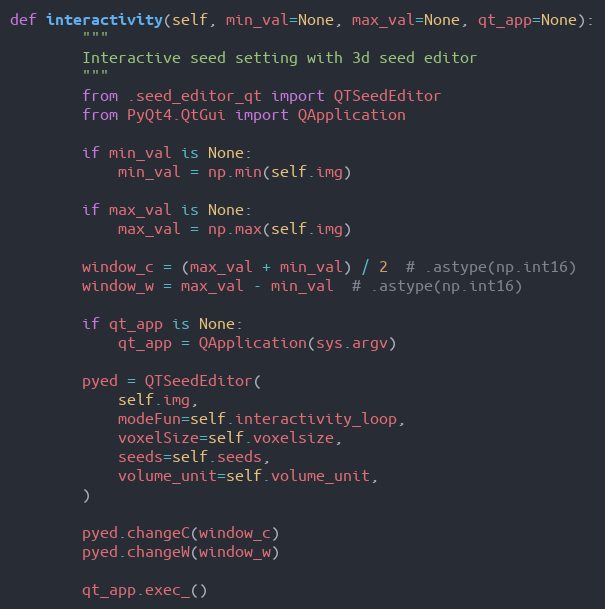
Language: Python
def interactivity(self, min_val=None, max_val=None, qt_app=None):
        """
        Interactive seed setting with 3d seed editor
        """
        from .seed_editor_qt import QTSeedEditor
        from PyQt4.QtGui import QApplication

        if min_val is None:
            min_val = np.min(self.img)

        if max_val is None:
            max_val = np.max(self.img)

        window_c = (max_val + min_val) / 2  # .astype(np.int16)
        window_w = max_val - min_val  # .astype(np.int16)

        if qt_app is None:
            qt_app = QApplication(sys.argv)

        pyed = QTSeedEditor(
            self.img,
            modeFun=self.interactivity_loop,
            voxelSize=self.voxelsize,
            seeds=self.seeds,
            volume_unit=self.volume_unit,
        )

        pyed.changeC(window_c)
        pyed.changeW(window_w)

        qt_app.exec_()